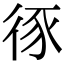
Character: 𢓻